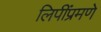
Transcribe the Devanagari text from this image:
लिपींप्रमणे